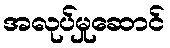
အလုပ်မှုဆောင်